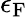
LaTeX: \epsilon_{\mathrm{{F}}}